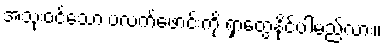
အသုံးဝင်သော ပလက်ဖောင်းကို ရှာတွေ့နိုင်ပါမည်လား။